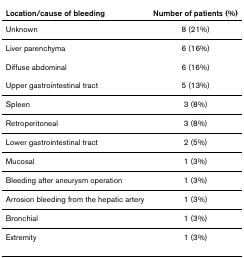
<table><thead><tr><td><b>Location/cause of bleeding</b></td><td><b>Number of patients (%)</b></td></tr></thead><tbody><tr><td>Unknown</td><td>8 (21%)</td></tr><tr><td>Liver parenchyma</td><td>6 (16%)</td></tr><tr><td>Diffuse abdominal</td><td>6 (16%)</td></tr><tr><td>Upper gastrointestinal tract</td><td>5 (13%)</td></tr><tr><td>Spleen</td><td>3 (8%)</td></tr><tr><td>Retroperitoneal</td><td>3 (8%)</td></tr><tr><td>Lower gastrointestinal tract</td><td>2 (5%)</td></tr><tr><td>Mucosal</td><td>1 (3%)</td></tr><tr><td>Bleeding after aneurysm operation</td><td>1 (3%)</td></tr><tr><td>Arrosion bleeding from the hepatic artery</td><td>1 (3%)</td></tr><tr><td>Bronchial</td><td>1 (3%)</td></tr><tr><td>Extremity</td><td>1 (3%)</td></tr></tbody></table>